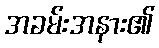
အခမ်းအနား၏